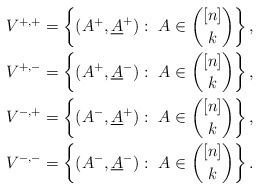
\begin{align*}V^{+,+} &= \left\{ (A^+,\underline{A}^+) :\ A\in \binom{[n]}{k} \right\},\\V^{+,-} &= \left\{ (A^+,\underline{A}^-) :\ A\in \binom{[n]}{k} \right\},\\V^{-,+} &= \left\{ (A^-,\underline{A}^+) :\ A\in \binom{[n]}{k} \right\},\\V^{-,-} &= \left\{ (A^-,\underline{A}^-) :\ A\in \binom{[n]}{k} \right\}.\end{align*}